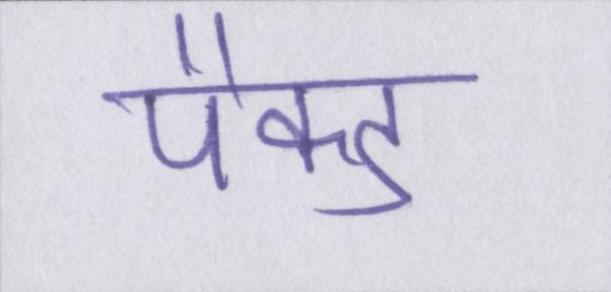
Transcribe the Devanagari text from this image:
पैक्ड